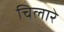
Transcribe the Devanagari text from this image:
चिलारे